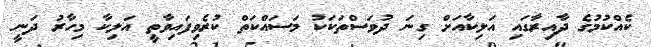
ކެއްކުމުގެ ދާއިރާގައި އަލިކާއަށް ގިނަ ދުވަސްތަކަކު މަސައްކަތް ކުރެވިފައިވާތީ އަލިކާ މިހާރު ދަނީ